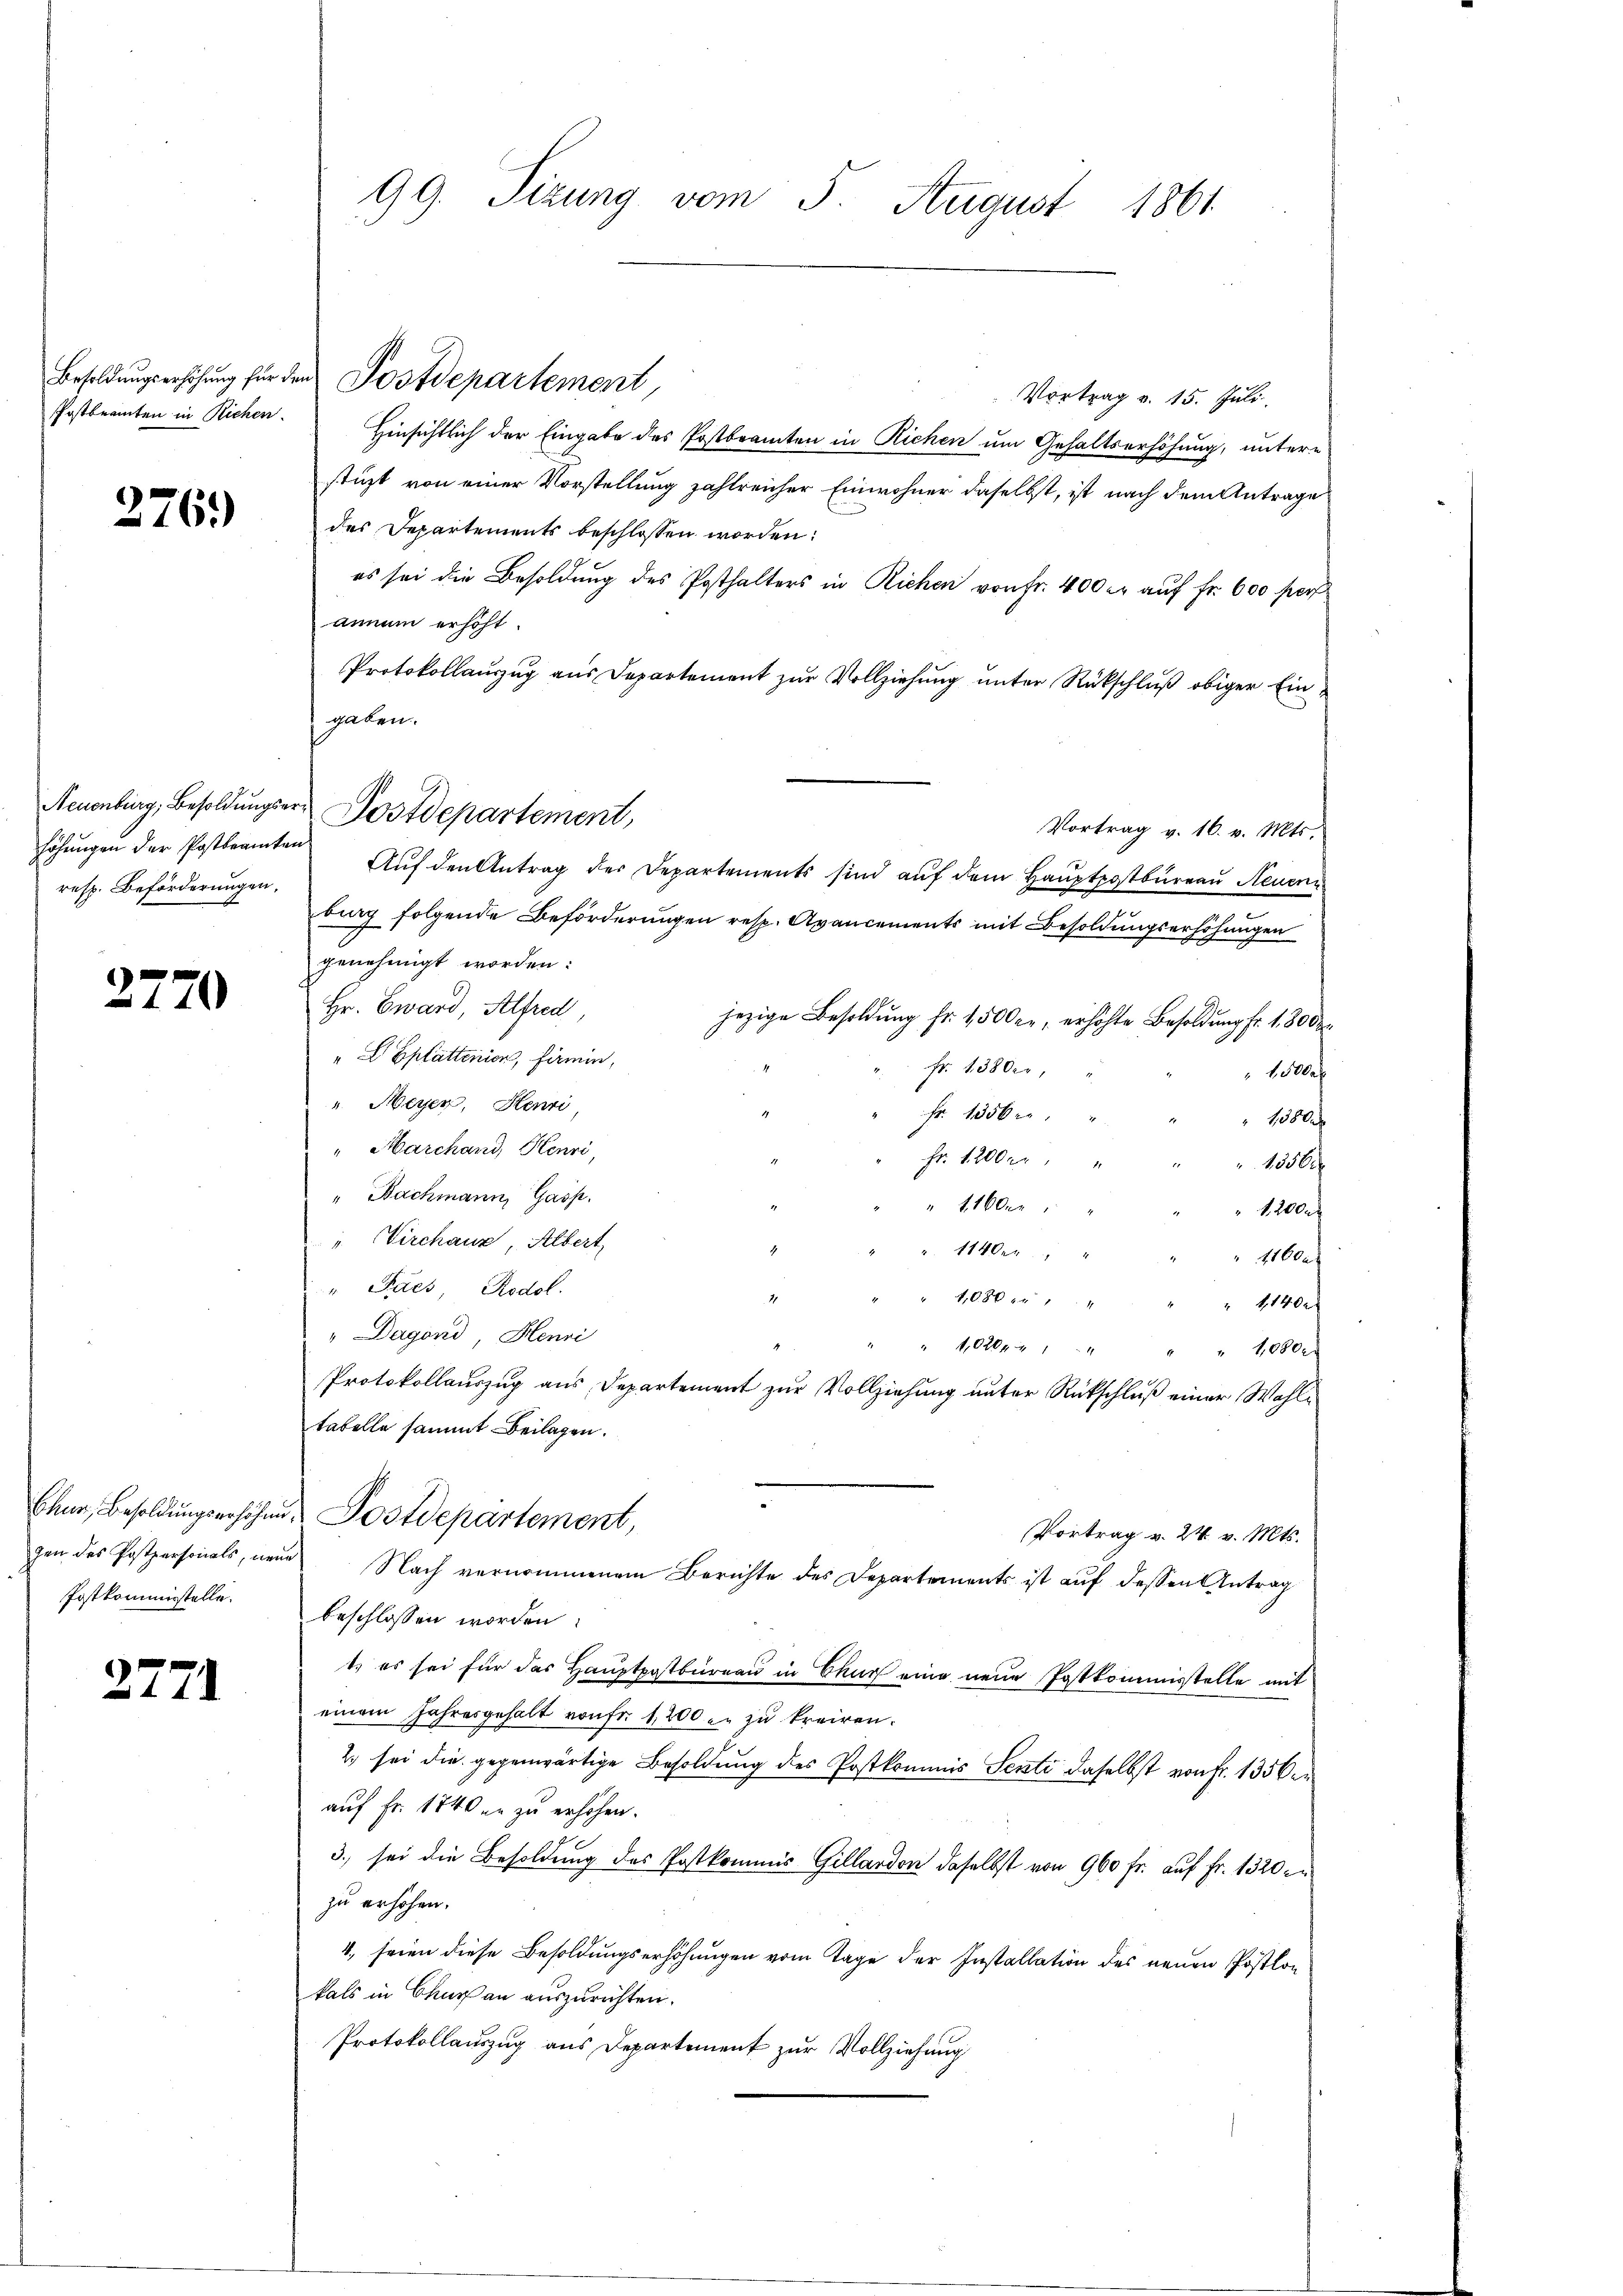
276.

höhungen der Postbeamten
resp. Beförderungen.

2270

Postkommisstelle.

2771

99. Sizung vom 5. August 1861

Besoldungserhöhung für den Postdepartement,
Vortrag v. 15. Juli
Postbeamten in Richen. Hinsichtlich der Eingabe des Postbranten in Richen um Gehaltserhöhung, unterstüzt von einer Vorstellung zahlreicher Einwohner daselbst, ist nach dem Antrage
des Departements beschlossen worden:
es sei die Besoldung des Posthalters in Richen von Fr. 400 er auf Fr. 600 pers
annum erhöht.
Protokollauszug aus Departement zur Vollziehung unter Rückschluß obiger Eingaben.
Vortrag v. 16. v. Mts.
Auf den Antrag der Departements sind auf dem Hauptpostbureau Neuen
bing folgende Beförderungen resp. Avancements mit Besoldungserhöhungen
genehmigt worden:
Hr. Eward, Alfred
jezige Besoldung fr. 1500 er, erhöhte Besoldung fr. 180 de
„E Eplättenior, firmin,
Fr. 1380er,
okles
". Meyer, Henri
Fr. 1356
1380
"Marchand, Henri
Fr. 1200 er
1056
" Nachmann, Gasp.
 416 er
120f
" Virchauz, Albert,
1140er
41600
" Paes, Rodol.
1,080 " " " " 1140x
" Dagond, Henri
" 102041 " " " 10800
Protokollauszug aus Departement zur Vollziehung unter Rückschluß einer Wohltabelle sammt Beilagen.
Chur, Besoldungserhöhen Postdepartement,
Vortrag v. 24. v. Mts.
gen des Postpersonals, neue Nach vernommenem Berichte des Departements ist auf dessen Antrag
beschlossen worden.
t. es sei für das Hauptpostbüreau in Bruch eine neue Postkommisstelle mit
einem Jahresgehalt von fr. 1200 zu zu kreiren.
2) sei die gegenwärtige Besoldung des Postkommis Senti daselbst von Fr. 1356
auf Fr. 1740 er zu erhöhen.
3. sei die Besoldung des Postkommis Gillardon daselbst von 960 fr. auf Fr. 1320 in
zu erhöhen.
4., seien diese Besoldungserhöhungen vom Tage der Installation des neuen Postlon
kals in Thurgau auszurichten.
Protokollauszug aus Departement zur Vollziehung

Neuenburg, Besoldungser Postdepartement,